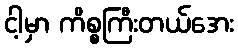
ငါ့မှာ ကိစ္စကြီးတယ်အေး